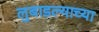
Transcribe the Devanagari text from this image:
लुबाडल्याच्या